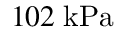
1 0 2 \; \mathrm { k P a }